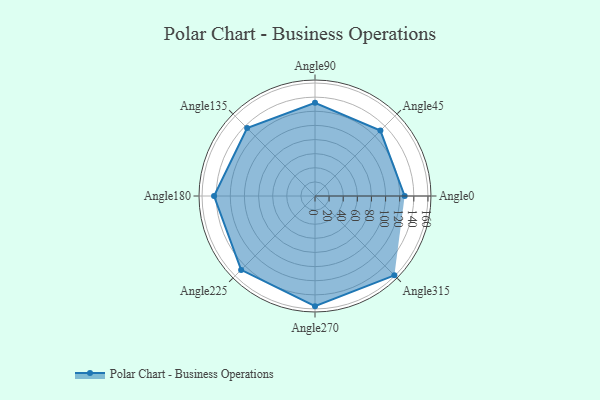
{"axis": {"x": "Angle", "y": "Radius"}, "legend": [""], "data": [{"x": "Angle0", "y": 127.0, "type": ""}, {"x": "Angle45", "y": 131.0, "type": ""}, {"x": "Angle90", "y": 132.0, "type": ""}, {"x": "Angle135", "y": 136.0, "type": ""}, {"x": "Angle180", "y": 143.0, "type": ""}, {"x": "Angle225", "y": 148.0, "type": ""}, {"x": "Angle270", "y": 156.0, "type": ""}, {"x": "Angle315", "y": 159.0, "type": ""}]}